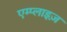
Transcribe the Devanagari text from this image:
एम्प्लाइज़